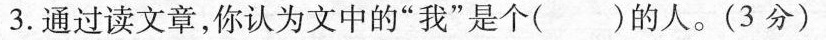
3.通过读文章，你认为文中的”我”是个()的人。(3分)